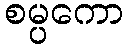
စမ္ပကော